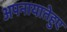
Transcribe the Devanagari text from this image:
अपनायातेहुए